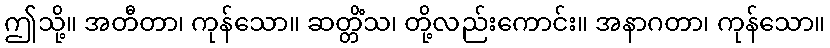
ဤသို့။ အတီတာ၊ ကုန်သော။ ဆတ္တိံသ၊ တို့လည်းကောင်း။ အနာဂတာ၊ ကုန်သော။